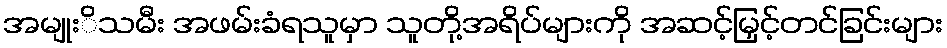
အမျုးိသမီး အဖမ်းခံရသူမှာ သူတို့အရိပ်များကို အဆင့်မြှင့်တင်ခြင်းများ